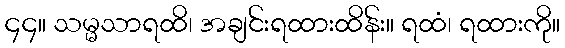
၄၄။ သမ္မသာရထိ၊ အချင်းရထားထိန်း။ ရထံ၊ ရထားကို။